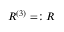
R ^ { ( 3 ) } = : R